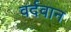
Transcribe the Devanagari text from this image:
वर्दवान